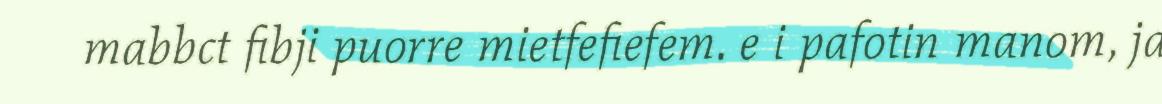
mabbct fibji puorre mietfefiefem. e i pafotin manom, ja